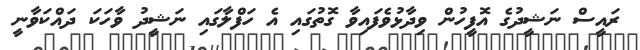
ރައީސް ނަޝީދުގެ އޮފީހުން ވިދާޅުވެފައިވާ ގޮތުގައި އެ ހަފްލާގައި ނަޝީދު ވާހަކަ ދައްކަވާނީ